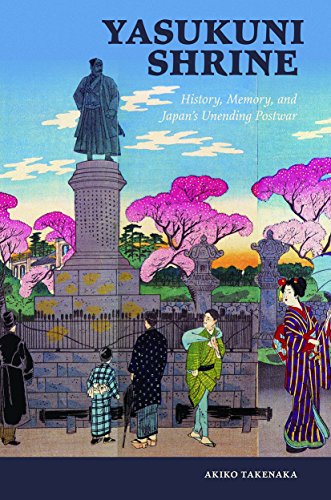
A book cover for Yasukuni Shrine: History, Memory, and Japan's Unending Postwar (Studies of the Weatherhead East Asian Institute, Columbia University); Akiko Takenaka; History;